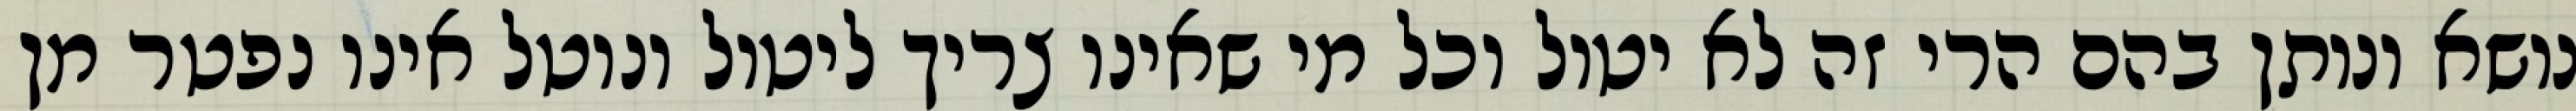
נושא ונותן בהם הרי זה לא יטול וכל מי שאינו צריך ליטול ונוטל אינו נפטר מן